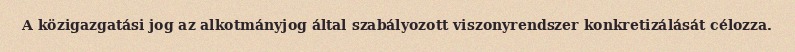
A közigazgatási jog az alkotmányjog által szabályozott viszonyrendszer konkretizálását célozza.